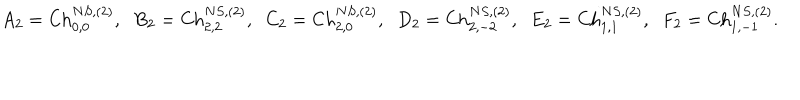
A _ { 2 } = \mathrm { C h } _ { 0 , 0 } ^ { N S , ( 2 ) } , \; \; B _ { 2 } = \mathrm { C h } _ { 2 , 2 } ^ { N S , ( 2 ) } , \; \; C _ { 2 } = \mathrm { C h } _ { 2 , 0 } ^ { N S , ( 2 ) } , \; \; D _ { 2 } = \mathrm { C h } _ { 2 , - 2 } ^ { N S , ( 2 ) } , \; \; E _ { 2 } = \mathrm { C h } _ { 1 , 1 } ^ { N S , ( 2 ) } , \; \; F _ { 2 } = \mathrm { C h } _ { 1 , - 1 } ^ { N S , ( 2 ) } .